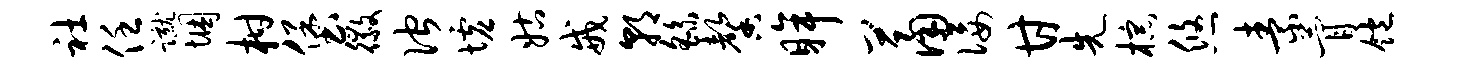
社任蹴悃柑堡徽伫墟姑戒朝繇馨眸萧佞甘先棕悠素瞢饱